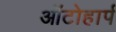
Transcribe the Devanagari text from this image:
ऑटोहार्प